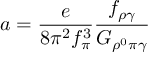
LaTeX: a = \frac { e } { 8 \pi ^ { 2 } f _ { \pi } ^ { 3 } } \frac { f _ { \rho \gamma } } { G _ { \rho ^ { 0 } \pi \gamma } }